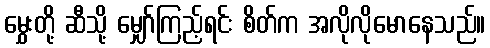
မွှေးတို့ ဆီသို့ မျှော်ကြည့်ရင်း စိတ်က အလိုလိုမောနေသည်။